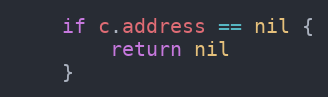
Language: Go
	if c.address == nil {
		return nil
	}